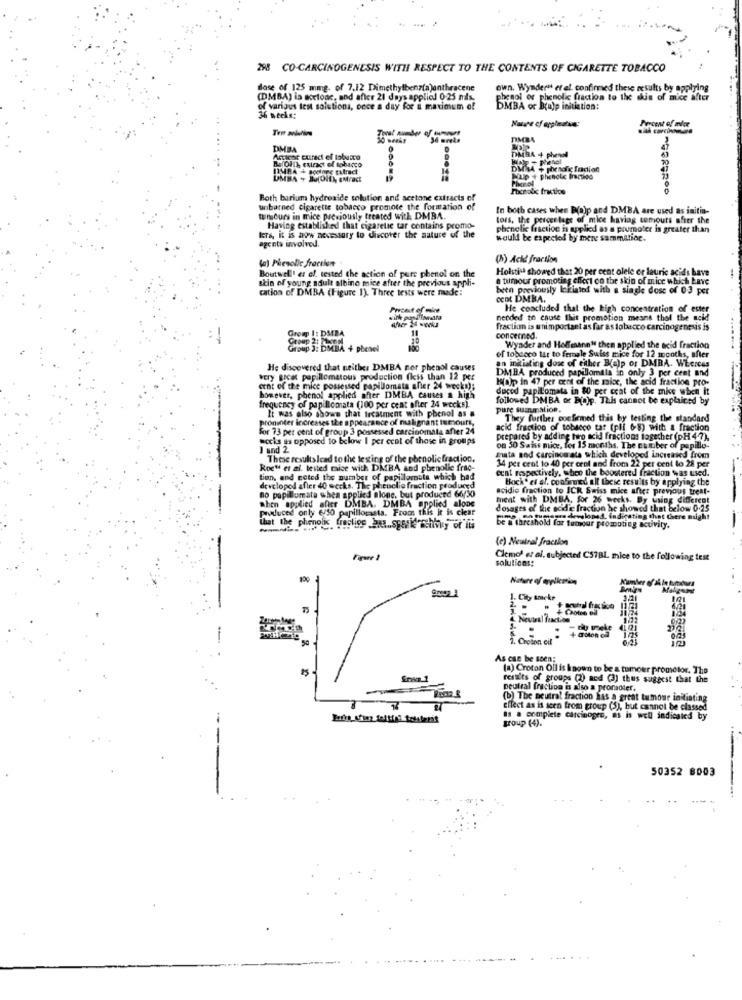
298 CO-CARCINOGENESIS WITH RESPECT TO THE CONTENTS OF CIGARETTE TOBACCO
dose of 125 mmg. of 7.12 Dimethylbenz(a)anthracene
own. Wymdern ef el confirmed these results by applying
(DMBA) is acetone, and after 21 days applied 0.25 nix.
phenol or phenolic fraction to the skin of mice after
of various test solutions, once a day for a maximum of
DMBA or Bralp initiation:
36 weeks:
Percent of mier
DIMBA
DMBA
DABA 4 phenol
Africae curadi ef tobacco
I.(OH) extract of tobacco
DILA + phenolic faction
UMBA + JOH), EMract
Hap + phenole Inctidd
Focrobic fraction
Both barium hydroxide solution and acetone extracts of
unbarned cigarette tobacco promote the formation of
In both cases when B(O)p and DMBA are used as initia-
tun ours in mice previously treated with. DMBA.
tors, the percentage of mice haviag temours after the
Having established that cigarette tar contains promo-
phenolic fraction is applied as a pournoter is greater than
lars, it is aow necessary to discover the nature of the
would be expected by mere sammatioe.
agents involved.
(a) Phenolic fraction
(h) Acid fraction
Holsti-a showed that 20 per cent olele or lauric acids have
Boutwell! et al. tested the action of pure phenol on the
stin of young adult albino mice after the previous appli-
a tumour promoting chert on the skin of mice which Lave
cation of DMBA (Figure 1). Three tests were made:
been previously lokiated with a single dose of 03 per
CCDI DMBA.
Pretest of mice
He concluded that the high concentration of ester
needed to cause thit promotion means thol the acid
fraction is unimportant as far as tobacco carcinogenesis is
concerned.
BA + phenel
Wynder and Hofmann" then applied the acid fraction
of tobacco tar to female Suiss mice for 12 months, after
In initiating dose of either Balp or DMBA. WEcrcas
He discovered that neither DMBA nor phenol causes
DMBA produced papillomala in only 3 per cent and
kory gocat papillomatous production (less than 12 pct
Kalp in 47 per cent of the mice, the acid fraction pro-
cent of the mice possessed papillomata sher 24 weeks);
duced papillomata in $0 per cent of the mis when it
however, phenol applied after DMBA causes a high
followed DMBA or B(a)p. This cannot be explained by
frequency of papillomata (100 per cent after 24 weeks).
It was also shows that treatment with phenol as
pure suaunation.
proninter increases the appearance of malignant tumourt,
They fortbes confirmed this by testing the standard
for 73 per cent of group 3 possessed carcinomala after 24
acid fraction of tobacco tar (pli 68) with a fraction
works as opposed to below I per cent of these in groups
prepared by adding two acid fractions together (pH 4-7).
1 and 2
on 30 Sats mice, for 15 months. The number of papillo-
These results lead to the testing of the phenolicfraction.
mata and carcinomate which developed increased from
14 per cent to 40 per oral and from 22 per cent lo 28 per
Roc" et al. tested maice with DMBA and phenolle frac-
cent respectively, when the boostered fraction was used.
tion, and noted the number of papillomala which bad
Bock. ef af. confirmed all these results by applying the
developed after 40 eccks. The pheuclie fraction produced
acidic fraction to ICR Swiss mice after previous treat-
no papillomata when applied alone, but produced 66(30)
when applied after DMBA. DMBA applied alone
meat with DMBA, for 26 weeks. By using different
produced only 6/50 papillomasta. From this it is clear
dosages of the aciddie fraction he showed that below 0.25
pime ,co tumeszedewsloped. indicating that there might
that the phenolic fraction bus .spaske Selvity of its
be a threshold for tumour promoting activity.
-
(e) Neutral fraction
solutions:
Clemed et al. subjected C57BL mice to the following test
Nature of application
3/21
.Choion cil
As can be seen;
(a) Croton Oil is known to be a tumour promotor. The
results of groups (2) aod (3) thus suggest that the
peutral fraction is also a pronaoter.
(b) The neutral fraction has a great tumour initiating
effect as is seen from group (5), but cannot be classed
is . complete carcinogen, as is well indicated by
group (4).
50352 8003